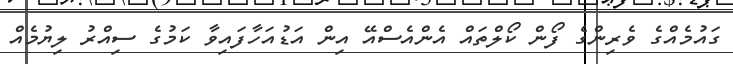
ގައުމެއްގެ ވެރިންގެ ފޯން ކޯލްތައް އެންއެސްއޭ އިން އަޑުއަހާފައިވާ ކަމުގެ ސިއްރު ލިޔުމެއް